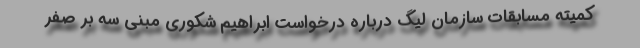
کمیته مسابقات سازمان لیگ درباره درخواست ابراهیم شکوری مبنی سه بر صفر